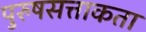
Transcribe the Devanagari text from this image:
पुरुषसत्ताकता